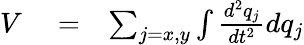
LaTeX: \begin{array}{rlr}{V}&{{}=}&{\sum_{j=x,y}\int\frac{d^{2}q_{j}}{dt^{2}}dq_{j}}\end{array}